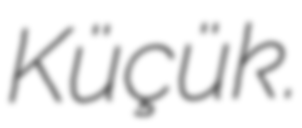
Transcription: Küçük.